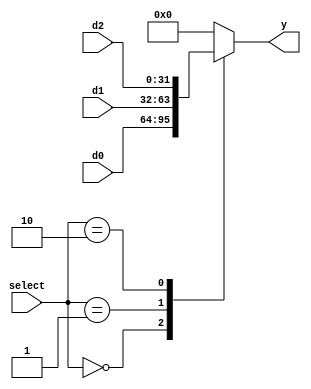
module mux31 (input [31:0] d0,d1,d2,
                   input [1:0] select ,
                   output reg [31:0] y);
     always @ (*)
        case(select)
          0: y = d0;
          1: y = d1;
          2: y = d2;
          default: y = 0; 
        endcase
endmodule

module test();
  reg [31:0] d0, d1, d2;
  reg [1:0] select;
  wire [31:0] y;
  
  mux31 mux31_test(d0,d1,d2,select,y);
  
  initial begin
    $dumpfile("test");
    $dumpvars;
	d0 = 100;
	d1 = 3434343434;
	d2 = 2;
	select = 00;
	#20;
	select = 01;
	#20;
	select = 10;
	#20;
	select = 11;
	#20;
	
    #160 $finish;
  end

  //always #1 clk = ~clk;
  //always @(x) $display( "The value of x was changed. Time=%3d, x=%b. Inputs: sA=%b, sB=%b, alu=%b.",$time, x,sA,sB,c);
endmodule